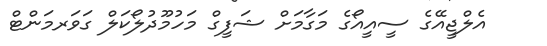
އެލްޖީއޭގެ ސީއީއޯގެ މަގާމަށް ޝަފީގް މަހުމޫދުލޯކަލް ގަވަރމަންޓް